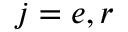
j = e , r